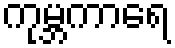
ကုမ္ဘကာရေ